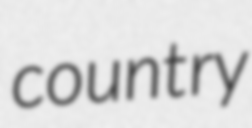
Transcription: country